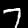
Label: 7